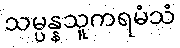
သမ္ပန္နသူကရမံသံ